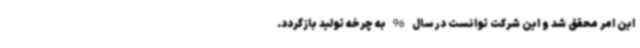
این امر محقق شد و این شرکت توانست در سال 96 به چرخه تولید بازگردد.